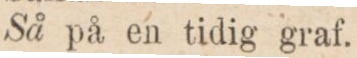
Så på en tidig graf.